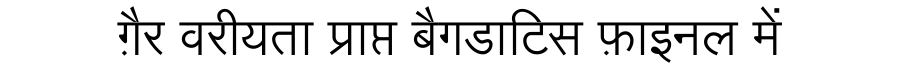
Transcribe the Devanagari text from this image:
ग़ैर वरीयता प्राप्त बैगडाटिस फ़ाइनल में